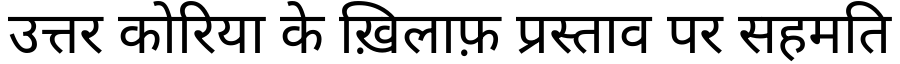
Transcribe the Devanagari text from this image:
उत्तर कोरिया के ख़िलाफ़ प्रस्ताव पर सहमति